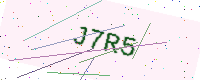
Text: J7R5